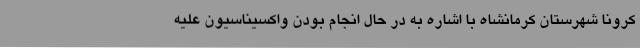
کرونا شهرستان کرمانشاه با اشاره به در حال انجام بودن واکسیناسیون علیه